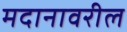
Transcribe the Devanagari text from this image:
मदानावरील